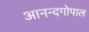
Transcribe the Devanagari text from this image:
आनन्दगोपाल